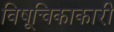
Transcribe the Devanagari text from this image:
विषूचिकाकारी